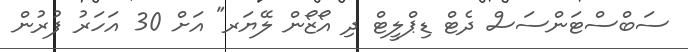
ސަބްސްޓަންސަސް ދެޓް ޑިޕްލީޓް ދި އޯޒޯން ލޭޔަރ" އަށް 30 އަހަރު ފުރުން